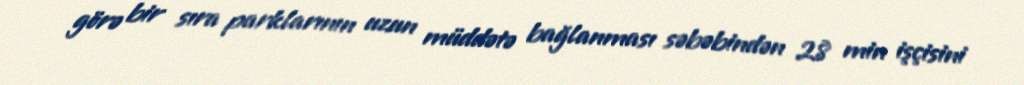
görə bir sıra parklarının uzun müddətə bağlanması səbəbindən 28 min işçisini